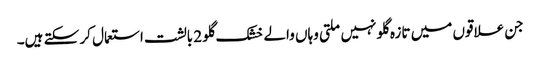
جن علاقوں میں تازہ گلو نہیں ملتی وہاں والے خشک گلو 2 بالشت استعمال کر سکتے ہیں۔